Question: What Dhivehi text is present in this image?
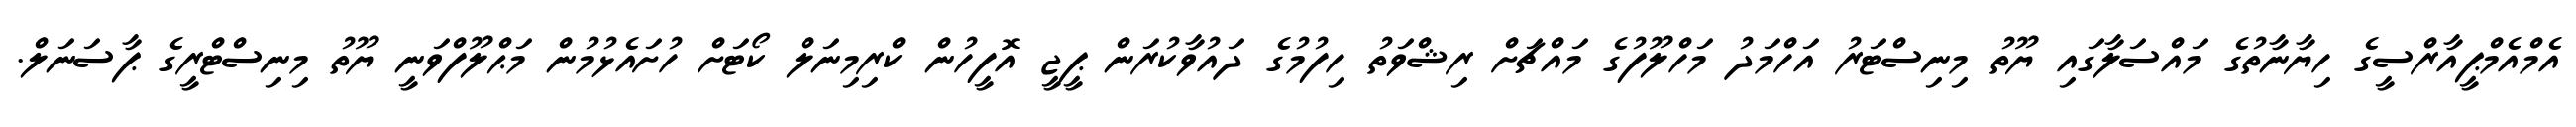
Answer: އެމްއެމްޕީއާރްސީގެ ހިޔާނާތުގެ މައްސަލާގައި ޔޫތު މިނިސްޓަރު އަހްމަދު މަހްލޫފުގެ މައްޗަށް ރިޝްވަތު ހިފުމުގެ ދައުވާކުރަން ޕީޖީ އޮފީހުން ކްރިމިނަލް ކޯޓަށް ހުށައެޅުމުން މަޙްލޫފްވަނީ ޔޫތު މިނިސްޓްރީގެ ޕާސަނަލް.